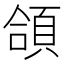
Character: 頜